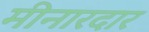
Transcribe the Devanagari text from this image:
मीनारदार